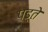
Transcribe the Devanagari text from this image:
पड्ते